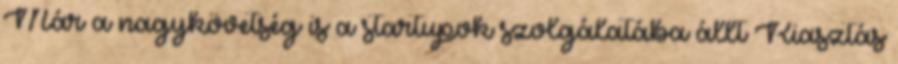
Már a nagykövetség is a startupok szolgálatába állt Riasztás